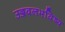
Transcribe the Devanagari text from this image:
उज्जवलभविष्य